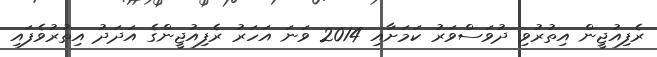
ރެފިއުޖީން އިތުރުވި ދުވަސްވަރު ކަމަށާއި 2014 ވަނަ އަހަރު ރެފިއުޖީންގެ އަދަދު އިތުރުވެފައި